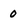
Character: o